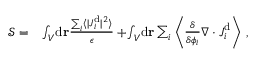
\begin{array} { r l } { \mathcal { S } = } & { \int _ { V } \! \mathrm { d } \mathbf { r } \frac { \sum _ { i } \langle \vert { \boldsymbol { J } } _ { i } ^ { \mathrm { d } } \vert ^ { 2 } \rangle } { \epsilon } + \! \int _ { V } \! \mathrm { d } \mathbf { r } \sum _ { i } \left\langle \frac { \delta } { \delta { \phi _ { i } } } \nabla \cdot \boldsymbol { J } _ { i } ^ { \mathrm { d } } \right\rangle \, , } \end{array}